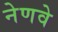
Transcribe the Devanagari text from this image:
नेणवे